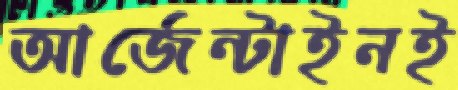
আর্জেন্টাইনই